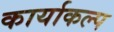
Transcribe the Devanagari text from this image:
कार्याकल्प